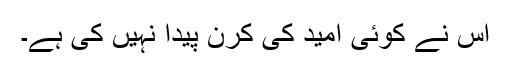
اس نے کوئی امید کی کرن پیدا نہیں کی ہے۔